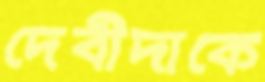
দেবীদাকে